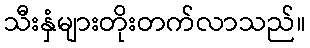
သီးနှံများတိုးတက်လာသည်။